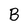
Character: B